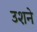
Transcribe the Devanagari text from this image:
उशने